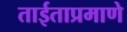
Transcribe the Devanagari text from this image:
ताईताप्रमाणे